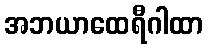
အဘယာထေရီဂါထာ